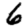
Digit: 6